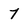
Character: 7